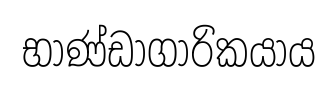
භාණ්ඩාගාරිකයාය